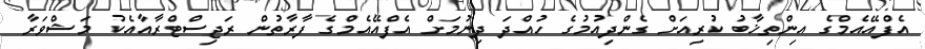
އެފްއޭއެމްގެ އިންތިޚާބު ކުރިއަށް ގެންދިއުމުގެ ހުއްދަ ދިނުމަށް އެފްއޭއެމްގެ ފާރާތުން ރަޖިސްޓްރާއާއެކު މަޝްވަރާ